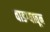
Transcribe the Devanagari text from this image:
वाडग्यातून